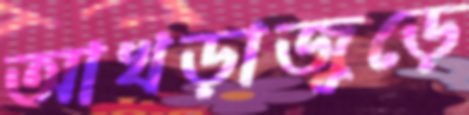
আখড়াজুড়ে